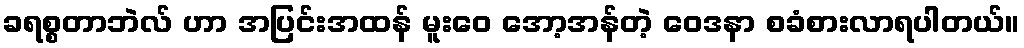
ခရစ္စတာဘဲလ် ဟာ အပြင်းအထန် မူးဝေ အော့အန်တဲ့ ဝေဒနာ စခံစားလာရပါတယ်။